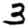
Digit: 3